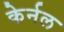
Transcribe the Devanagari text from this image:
केर्नल